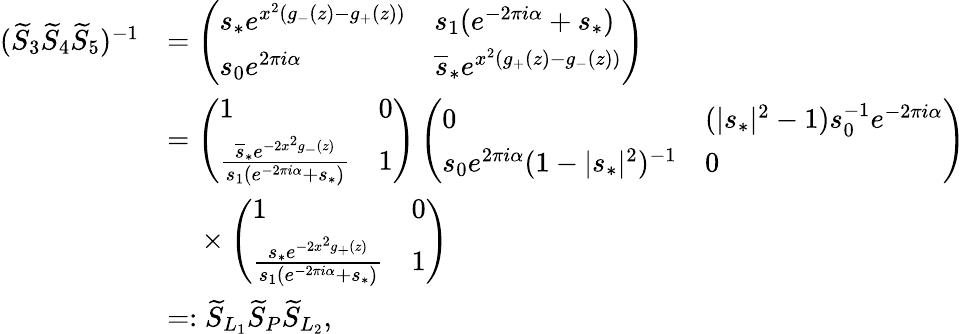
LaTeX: \begin{array}{rl}{(\widetilde{S}_{3}\widetilde{S}_{4}\widetilde{S}_{5})^{-1}}&{=\left(\begin{array}{ll}{s_{*}e^{x^{2}(g_{-}(z)-g_{+}(z))}}&{s_{1}(e^{-2\pi i\alpha}+s_{*})}\\ {s_{0}e^{2\pi i\alpha}}&{\overline{{s}}_{*}e^{x^{2}(g_{+}(z)-g_{-}(z))}}\end{array}\right)}\\ &{=\left(\begin{array}{ll}{1}&{0}\\ {\frac{\overline{{s}}_{*}e^{-2x^{2}g_{-}(z)}}{s_{1}(e^{-2\pi i\alpha}+s_{*})}}&{1}\end{array}\right)\left(\begin{array}{ll}{0}&{(|s_{*}|^{2}-1)s_{0}^{-1}e^{-2\pi i\alpha}}\\ {s_{0}e^{2\pi i\alpha}(1-|s_{*}|^{2})^{-1}}&{0}\end{array}\right)}\\ &{~~~~\times\left(\begin{array}{ll}{1}&{0}\\ {\frac{s_{*}e^{-2x^{2}g_{+}(z)}}{s_{1}(e^{-2\pi i\alpha}+s_{*})}}&{1}\end{array}\right)}\\ &{=:\widetilde{S}_{L_{1}}\widetilde{S}_{P}\widetilde{S}_{L_{2}},}\end{array}